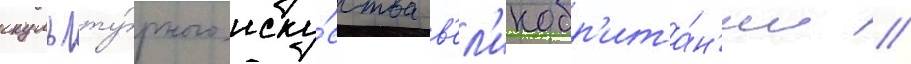
скульпту́рного иску́сства в'ел'икобр'ита́н'ии //